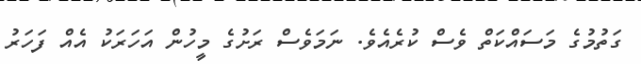
ގަތުމުގެ މަސައްކަތް ވެސް ކުރެއެވެ. ނަމަވެސް ރަށުގެ މީހުން އަހަރަކު އެއް ފަހަރު